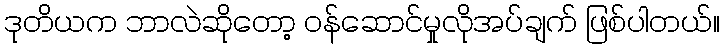
ဒုတိယက ဘာလဲဆိုတော့ ဝန်ဆောင်မှုလိုအပ်ချက် ဖြစ်ပါတယ်။